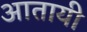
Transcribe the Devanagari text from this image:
आतायी